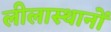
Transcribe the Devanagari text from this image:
लीलास्थानों